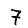
Digit: 7